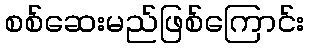
စစ်ဆေးမည်ဖြစ်ကြောင်း